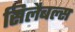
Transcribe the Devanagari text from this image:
सिलैबल्स